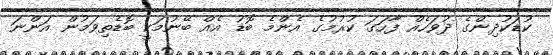
ކުޑަކުދިންގެ ދުވަހެއް ފާހަގަ ކުރުމުގެ އެންމެ ބޮޑު އެއް ބޭނުމަކީ ބޮޑެތިވަމުން އަންނަ